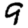
Digit: 9